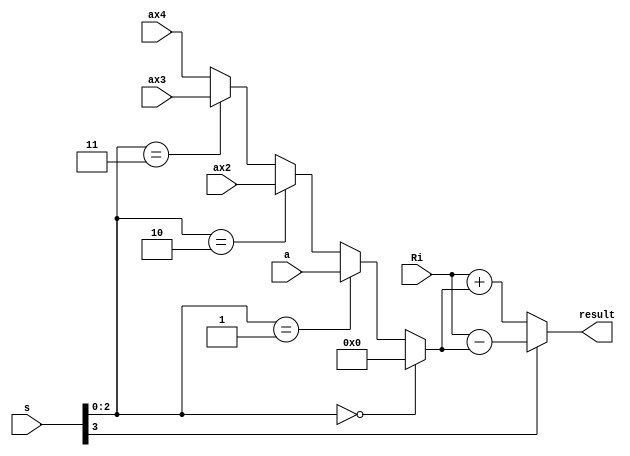
`timescale 1ns / 1ps

module small_alu1(Ri, s, a, ax2, ax3, ax4, result);
input [12:0] Ri, a, ax2, ax3, ax4;
input [3:0] s;
output [12:0] result;

wire [12:0] a_mul_s = s[2:0] == 3'd0 ? 13'd0
					: s[2:0] == 3'd1 ? a
					: s[2:0] == 3'd2 ? ax2
					: s[2:0] == 3'd3 ? ax3
					: ax4;
					
wire [12:0] result = s[3] ? Ri - a_mul_s : Ri + a_mul_s;

endmodule